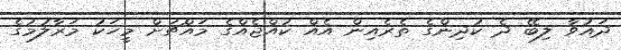
ދައުވާ ލިބޭ ދެ ކުދިންގެ ތެރެއިން އެއް ކުއްޖެއްގެ މައްޗަށް މީހަކު މަރާލުމުގެ